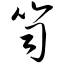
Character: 笥